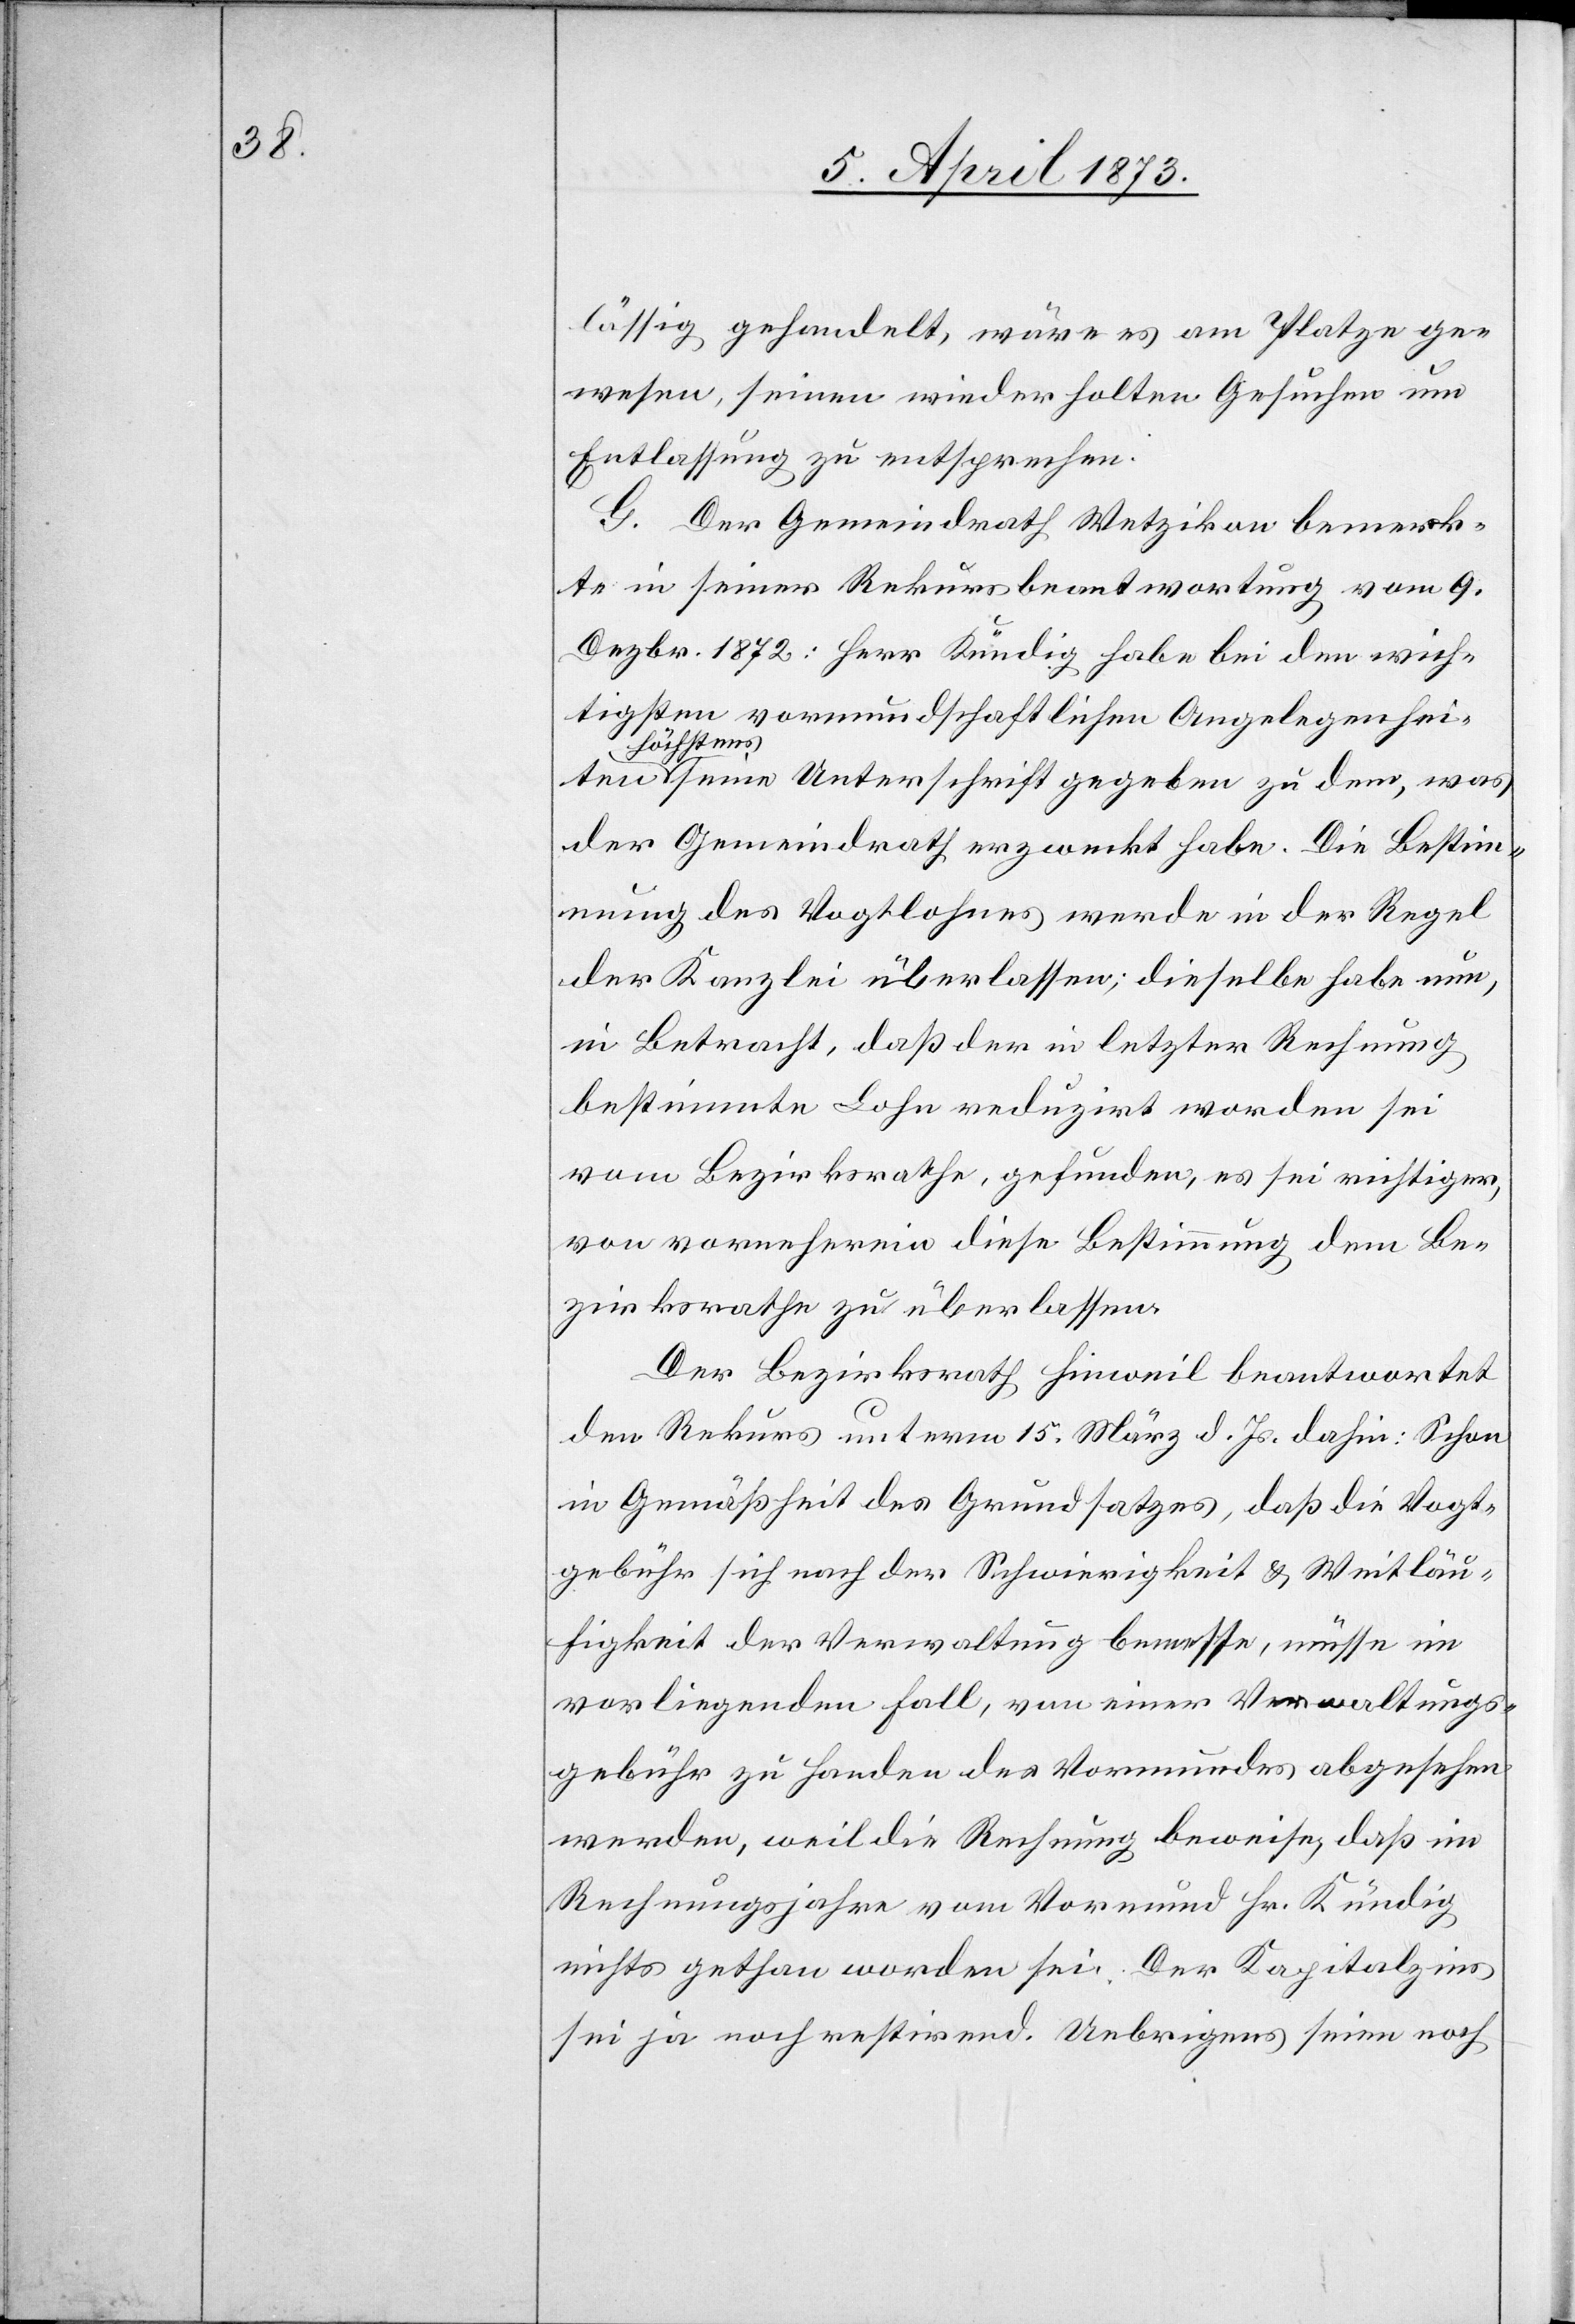
lässig gehandelt, wäre es am Platze ge¬
wesen, seinen wiederholten Gesuchen um
Entlassung zu entsprechen.
G. Der Gemeindrath Wetzikon bemerk¬
te in seiner Rekursbeantwortung vom 9.
Dezbr. 1872: Herr Kündig habe bei den wich¬
tigsten vormundschaftlichen Angelegenheiten
höchst¬
ens eine Unterschrift gegeben zu dem, was
der Gemeindrath erzweckt habe. Die Bestim¬
mung des Vogtlohnes werde in der Regel
der Kanzlei überlassen; dieselbe habe nun,
in Betracht, daß der in letzter Rechnung
bestimmte Lohn reduzirt worden sei
vom Bezirksrathe, gefunden, es sei richtiger,
von vorneherein diese Bestimmung dem Be¬
zirksrathe zu überlassen.
Der Bezirksrath Hinweil beantwortet
den Rekurs unterm 15. März d. Js. dahin: Schon
in Gemäßheit des Grundsatzes, daß die Vogt¬
gebühr sich nach der Schwierigkeit u. Weitläu¬
figkeit der Verwaltung bemesse, müsse im
vorliegenden Fall, von einer Verwaltungs¬
gebühr zu Handen des Vormundes abgesehen
werden, weil die Rechnung beweise, daß im
Rechnungsjahre vom Vormund Hr. Kündig
nichts gethan worden sei. Der Kapitalzins
sei ja noch restirend. Uebrigens seien noch